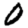
Digit: 0